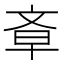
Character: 𣁌